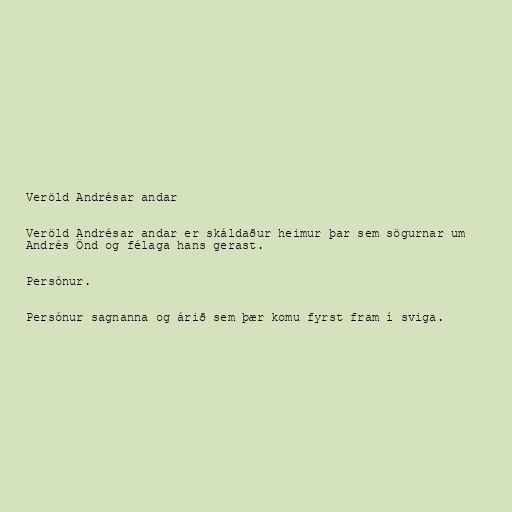
Veröld Andrésar andar

Veröld Andrésar andar er skáldaður heimur þar sem sögurnar um
Andrés Önd og félaga hans gerast.

Persónur.

Persónur sagnanna og árið sem þær komu fyrst fram í sviga.